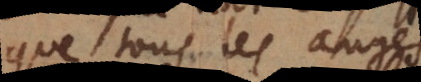
que tous les anges